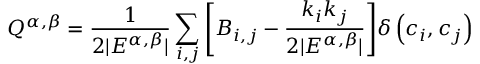
\displaystyle Q ^ { \alpha , \beta } = \frac { 1 } { 2 | E ^ { \alpha , \beta } | } \sum _ { i , j } { \left[ B _ { i , j } - \frac { k _ { i } k _ { j } } { 2 | E ^ { \alpha , \beta } | } \right] } \delta \left( c _ { i } , c _ { j } \right)